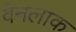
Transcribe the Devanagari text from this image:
वेनलाक